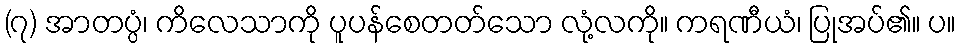
(၇) အာတပ္ပံ၊ ကိလေသာကို ပူပန်စေတတ်သော လုံ့လကို။ ကရဏီယံ၊ ပြုအပ်၏။ ပ။